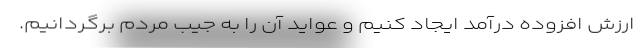
ارزش افزوده درآمد ایجاد کنیم و عواید آن را به جیب مردم برگردانیم.